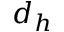
d _ { h }